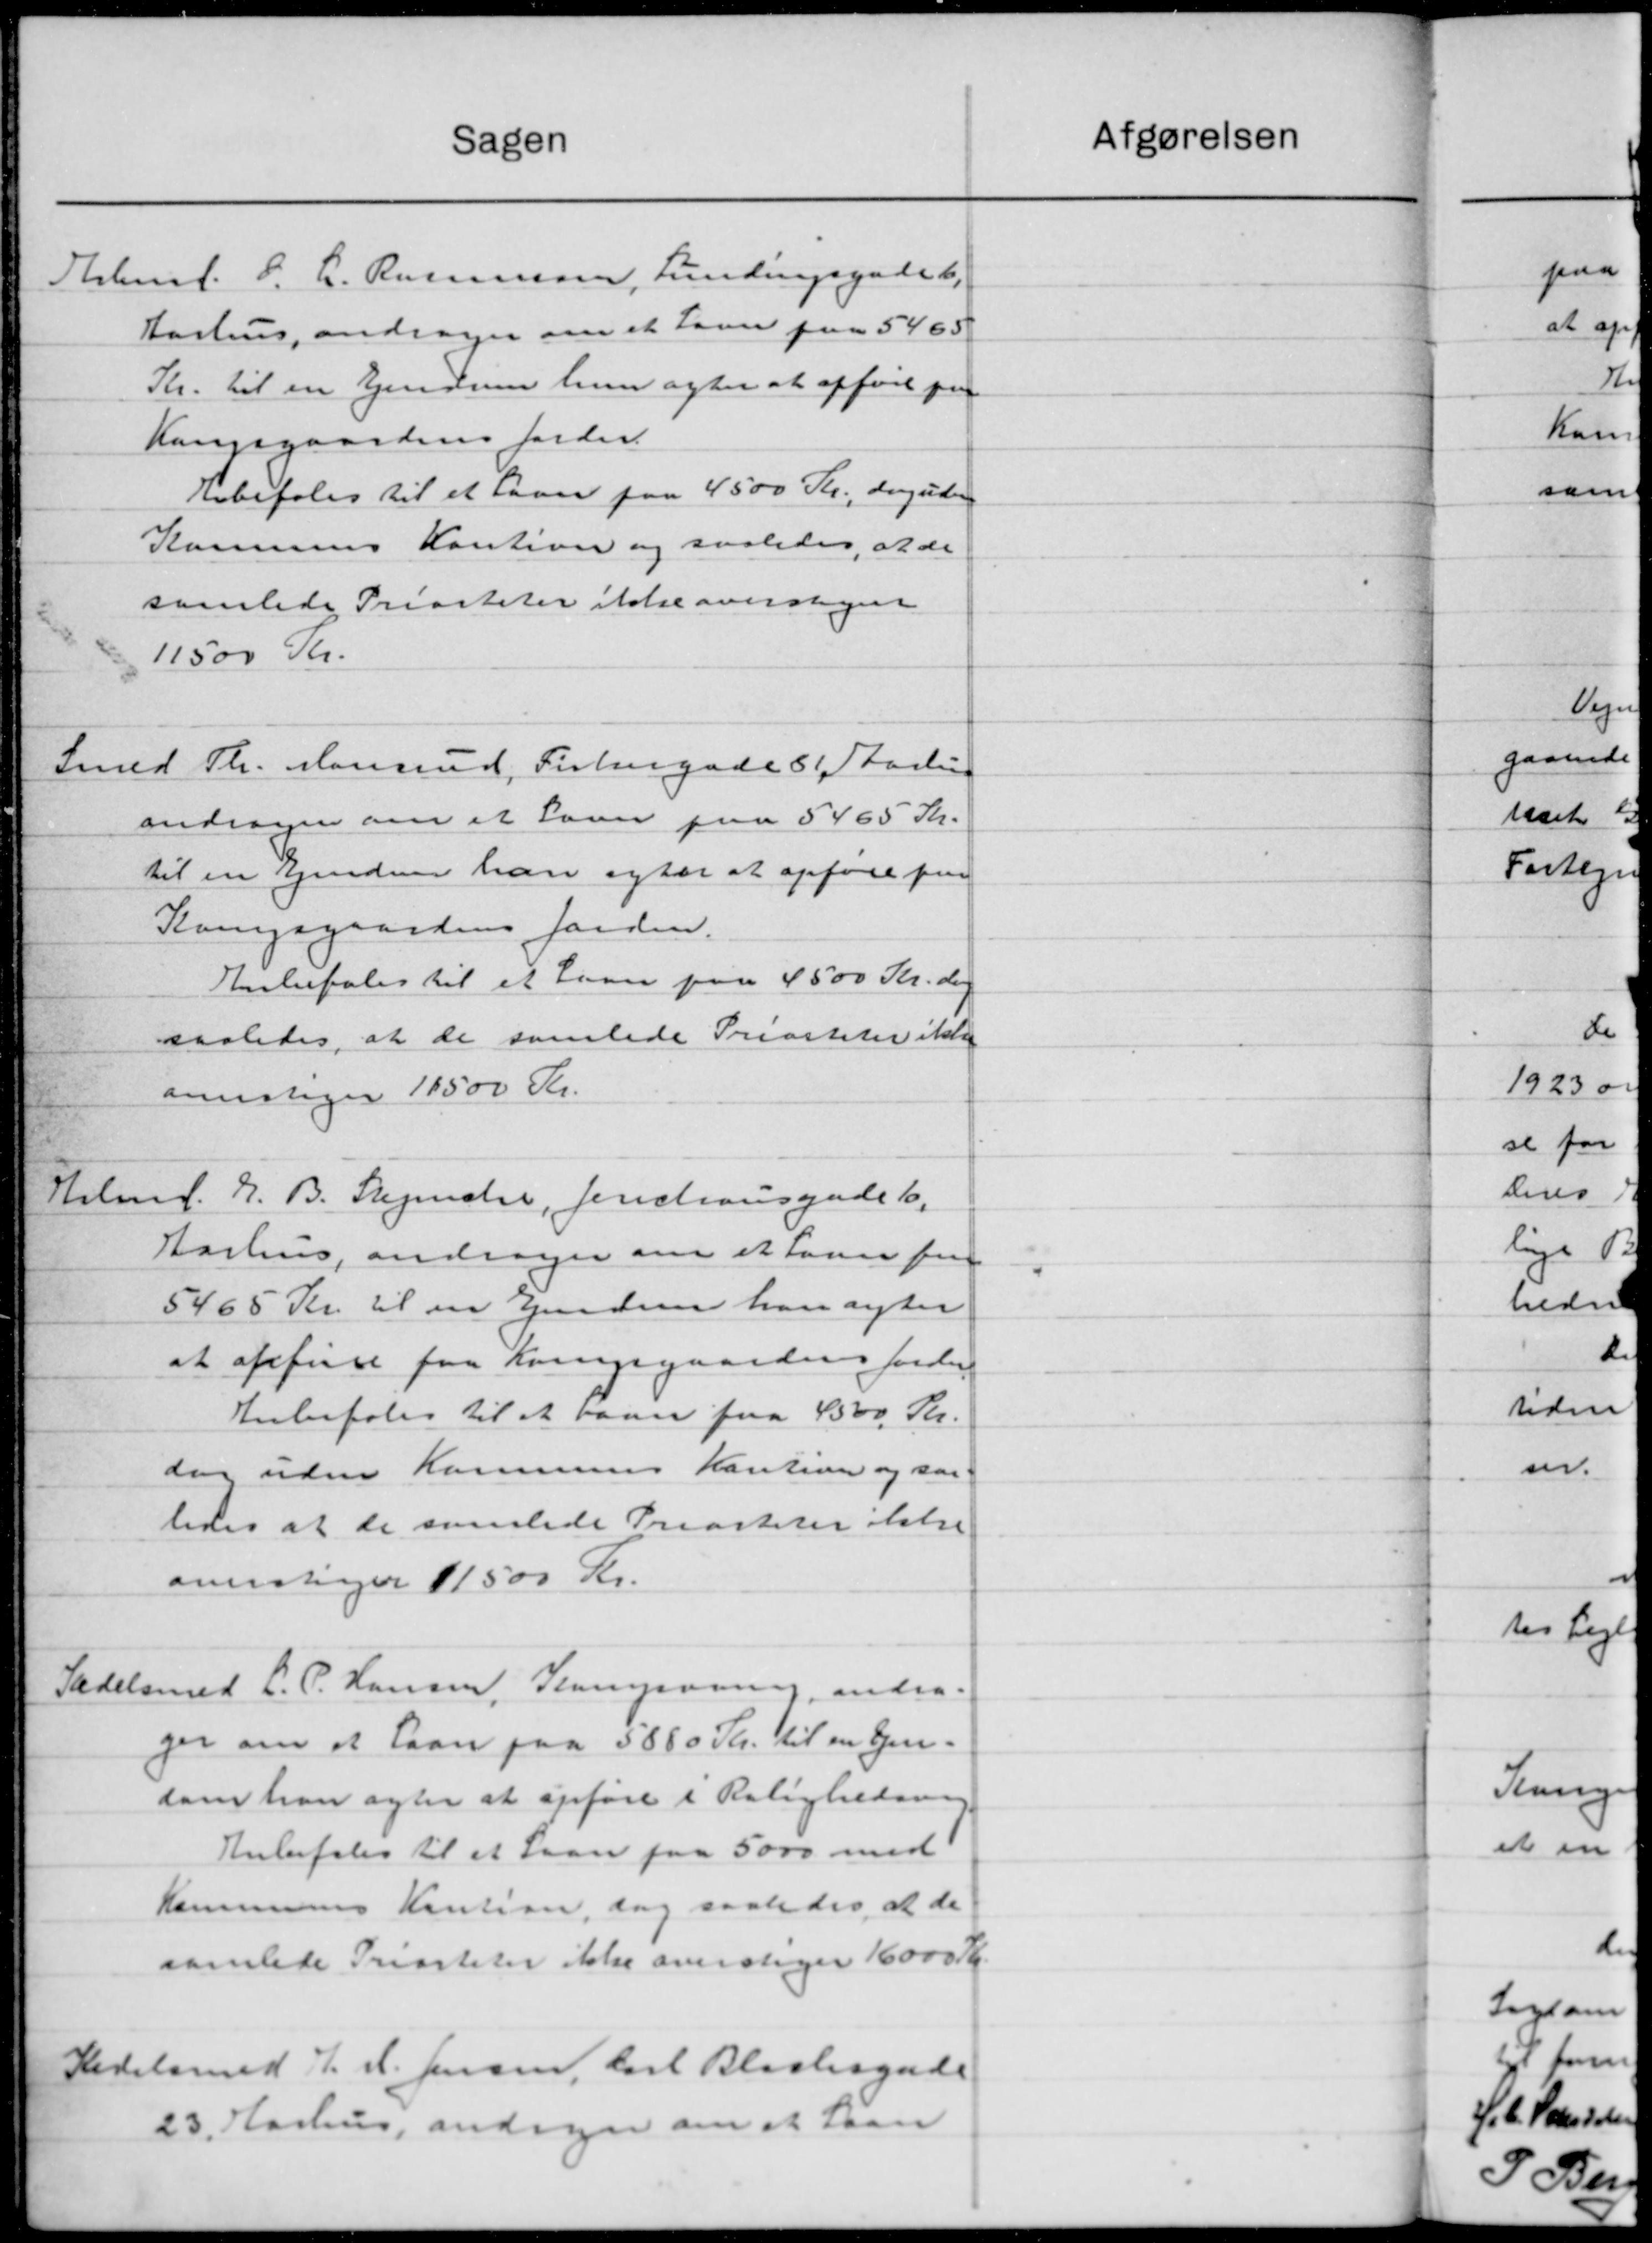
Transskription:
Sagen
Helmst. P. C. Rasmussen, Lundingsgade b
Aarhus, andrager om et Laan paa 5465
Kr. til en Ejendom hun agter at opføre paa
Kangsgaardens forder
Ebefales til et Laan paa 4500 Kr., desuden
Komunes Kaution og saaledes, at de
samlede Prisiteter ikke oversager
11500 Kr.
Smed Th. Mansand, Fiskergade 8 Aarling
andrager om et Laan paa 5465 Kr.
til en Ejendom han efter at opføre paa
Kangsgaardens Jorden.
Anbefales til et Laan paa 4500 Kr. der
saaledes, at de samlede Priosketer ikke
anvistiger 11500 Kr.
Hilmf. J. B. Stegenche, Jenstrausgade 6,
Aarhus, andrager om et lave for
5465 Kr. til en Ejendom han agter
at opføre fra Krigsgaardens forelag
Anbefales til at Laan paa 4500 Kr.
da uden Kommunes Kaution og saa
ledes at de saalede Priosterer ikke
overstiger 11500 Kr.
Sadelsmed L. P. Hansen, Slamponing, andra-
ger om at Laan paa 5800 Kr. til en Gen-
som han agter at opføre i Rolighedsve
Anbefales til et Laan paa 5000 med
Kommunes Kaution, dog saaledes at de
samlede Prisiteter ikke overtager 16000 Kr.
Hedelsmed J. H. Jensen, Carl Blochsgade
23. Aarhus, andrager om at Laan